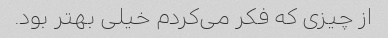
از چیزی که فکر می‌کردم خیلی بهتر بود.